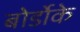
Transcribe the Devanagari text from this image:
बोर्डोके